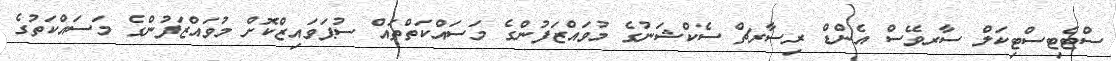
ސްޓެޓިސްޓިކަލް ސާރވޭސް އެންޑް ރިސާރޗް ސެކްޝަނުގެ މުވައްޒަފުންގެ މަސައްކަތްތައް ސުޕަވައިޒްކޮށް މުވައްޒަފުންގެ މަސައްކަތުގެ